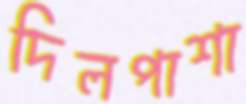
দিলপাশা